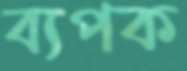
ব্যপক